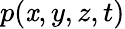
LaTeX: p(\mathit{x},y,z,t)